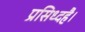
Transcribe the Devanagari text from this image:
प्रसिध्दहै।